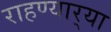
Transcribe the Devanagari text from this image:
राहण्यार्‍या